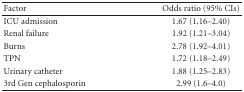
<table><thead><tr><td><b>Factor</b></td><td><b>Odds ratio (95% CIs)</b></td></tr></thead><tbody><tr><td>ICU admission</td><td>1.67 (1.16–2.40)</td></tr><tr><td>Renal failure</td><td>1.92 (1.21–3.04)</td></tr><tr><td>Burns</td><td>2.78 (1.92–4.01)</td></tr><tr><td>TPN</td><td>1.72 (1.18–2.49)</td></tr><tr><td>Urinary catheter</td><td>1.88 (1.25–2.83)</td></tr><tr><td>3rd Gen cephalosporin</td><td>2.99 (1.6–4.0)</td></tr></tbody></table>